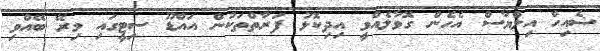
ޝެއިހް އިލްޔާސް އެހެން ގޮވާލެއްވީ އިދިކޮޅު ފަރާތްތަކުން އައްޑޫ ސިޓީގައި މިރޭ ބޭއްވި